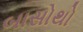
બાસોથો